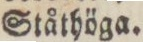
Ståthöga.